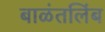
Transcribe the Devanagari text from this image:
बाळंतलिंब